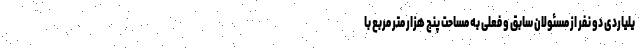
یلیاردی دو نفر از مسئولان سابق و فعلی به مساحت پنج هزار متر مربع با